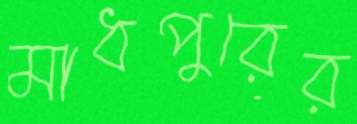
মাধপুরের